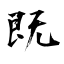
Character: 既